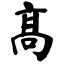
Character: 高